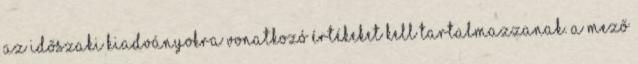
az időszaki kiadványokra vonatkozó értékeket kell tartalmazzanak. A mező